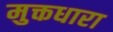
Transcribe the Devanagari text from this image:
मुक्तधारा